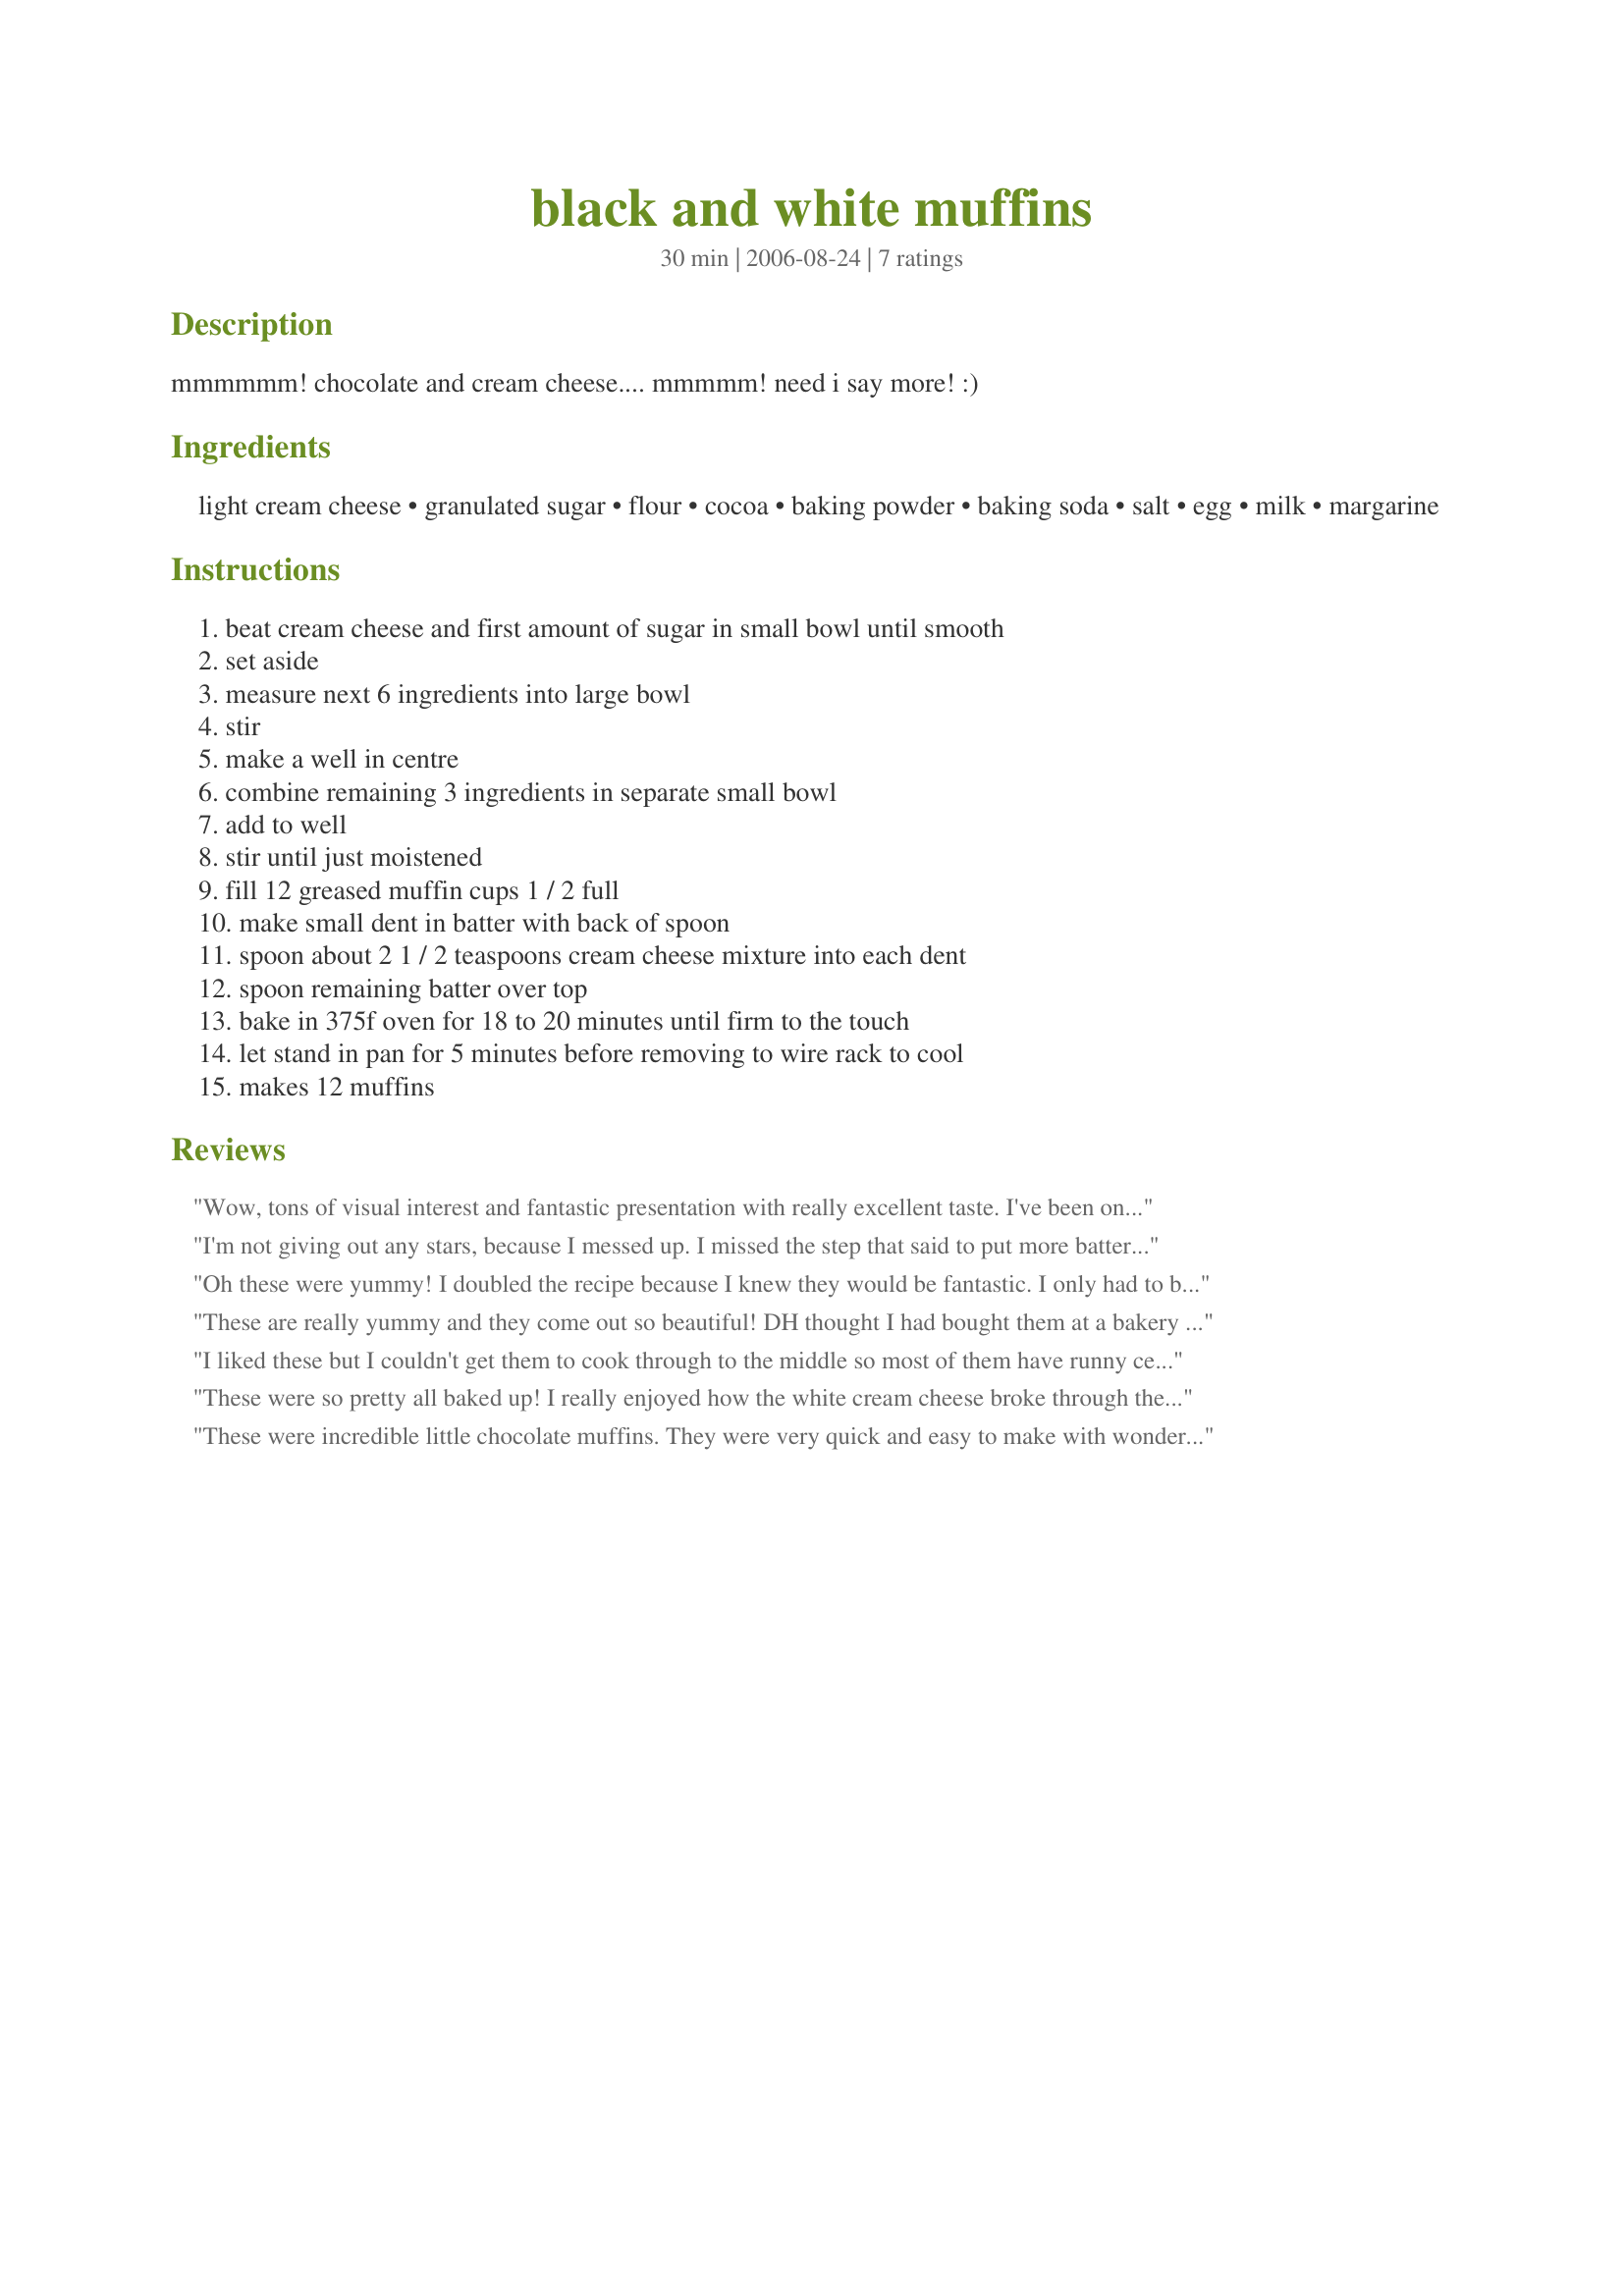
black and white muffins
Preparation time: 30 minutes

mmmmmm! chocolate and cream cheese.... mmmmm! need i say more! :)

Ingredients:
light cream cheese, granulated sugar, flour, cocoa, baking powder, baking soda, salt, egg, milk, margarine

Steps:
beat cream cheese and first amount of sugar in small bowl until smooth, set aside, measure next 6 ingredients into large bowl, stir, make a well in centre, combine remaining 3 ingredients in separate small bowl, add to well, stir until just moistened, fill 12 greased muffin cups 1 / 2 full, make small dent in batter with back of spoon, spoon about 2 1 / 2 teaspoons cream cheese mixture into each dent, spoon remaining batter over top, bake in 375f oven for 18 to 20 minutes until firm to the touch, let stand in pan for 5 minutes before removing to wire rack to cool, makes 12 muffins

Reviews:
Wow, tons of visual interest and fantastic presentation with really excellent taste. I've been on a baking marathon and these vanished rapidly and first. I used the paper liners to insure that they would come out of the pan easily. They are fun to make and come out looking exact ally like the photo by Nicks Mom. Top marks all around.
I'm not giving out any stars, because I messed up. I missed the step that said to put more batter on top of the cream cheese, and as a result, the cream cheese mix ended up just a gooey mess on the top. They were still tasty, and I could tell they would have worked if I had done it right. Sorry for taking so long to my this for Holiday Tag game, and then not even doing it correctly!
Oh these were yummy! I doubled the recipe because I knew they would be fantastic. I only had to bake the muffins about 16 minutes, and I used cupcake liners vs greasing the muffin tins. Thanks so much for sharing. Nick's Mom
These are really yummy and they come out so beautiful! DH thought I had bought them at a bakery somewhere. Thanks!
I liked these but I couldn't get them to cook through to the middle so most of them have runny centres. I tried baking them for another 5 - 6 minutes but they were starting to burn on the top by that point. It could just be that my oven is not quite up to it...who knows! Sorry to give so little stars!
These were so pretty all baked up! I really enjoyed how the white cream cheese broke through the tops of the muffins. The recipe came together well amd had just the right amount of chocolate. Really enjoyed them with a big glass of milk, although I prefer a slightly moister muffin. Thanks Redsie!
These were incredible little chocolate muffins. They were very quick and easy to make with wonderful flavour and texture. I served them as part of our Christmas breakfast celebration with the neighbours. The children ate them all first. Good thing I doubled the recipe, so that the rest of us got to try them also. The muffins were so pretty and they tasted as good as they smelled while baking. The cream cheese ribbon is a nice surprise. A very comforting treat. Thanks so much for sharing Redsie.
